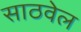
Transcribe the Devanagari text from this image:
साठवेल